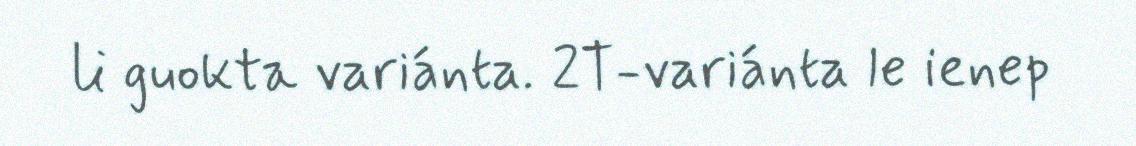
li guokta variánta. 2T-variánta le ienep